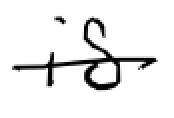
Text: is
Cross-out: single-line
Writing tool: digital_black